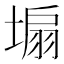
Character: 𪤆